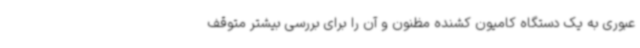
عبوری به یک دستگاه کامیون کشنده مظنون و آن را برای بررسی بیشتر متوقف